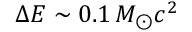
\Delta E \sim 0 . 1 \, M _ { \odot } c ^ { 2 }